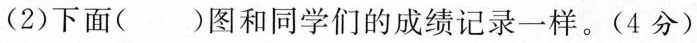
(2)下面()图和同学们的成绩记录一样。(4分)